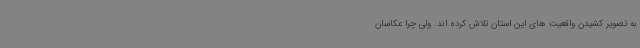
به تصویر کشیدن واقعیت های این استان تلاش کرده اند. ولی چرا عکاسان